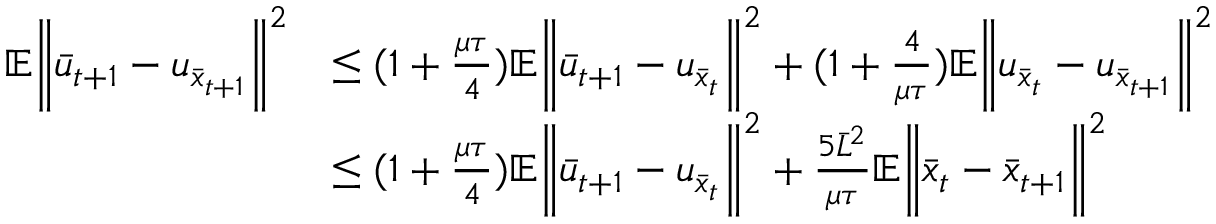
\begin{array} { r l } { \mathbb { E } \bigg \| \bar { u } _ { t + 1 } - u _ { \bar { x } _ { t + 1 } } \bigg \| ^ { 2 } } & { \leq ( 1 + \frac { \mu \tau } { 4 } ) \mathbb { E } \bigg \| \bar { u } _ { t + 1 } - u _ { \bar { x } _ { t } } \bigg \| ^ { 2 } + ( 1 + \frac { 4 } { \mu \tau } ) \mathbb { E } \bigg \| u _ { \bar { x } _ { t } } - u _ { \bar { x } _ { t + 1 } } \bigg \| ^ { 2 } } \\ & { \leq ( 1 + \frac { \mu \tau } { 4 } ) \mathbb { E } \bigg \| \bar { u } _ { t + 1 } - u _ { \bar { x } _ { t } } \bigg \| ^ { 2 } + \frac { 5 \bar { L } ^ { 2 } } { \mu \tau } \mathbb { E } \bigg \| \bar { x } _ { t } - \bar { x } _ { t + 1 } \bigg \| ^ { 2 } } \end{array}